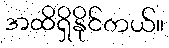
အထိရှိနိုင်တယ်။